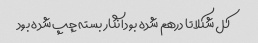
کل شکلاتا درهم شده بود انگار بسته چپ شده بود